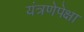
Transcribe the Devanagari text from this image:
यंत्रणेपेक्षा